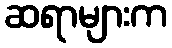
ဆရာများက